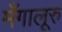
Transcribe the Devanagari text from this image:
मँगालूरु